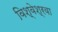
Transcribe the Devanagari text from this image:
विश्वेश्रवा